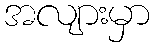
အလျားမှာ